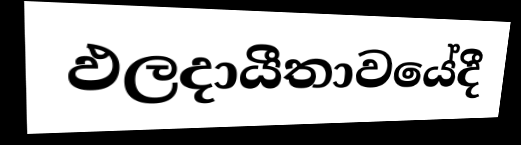
ඵලදායීතාවයේදී